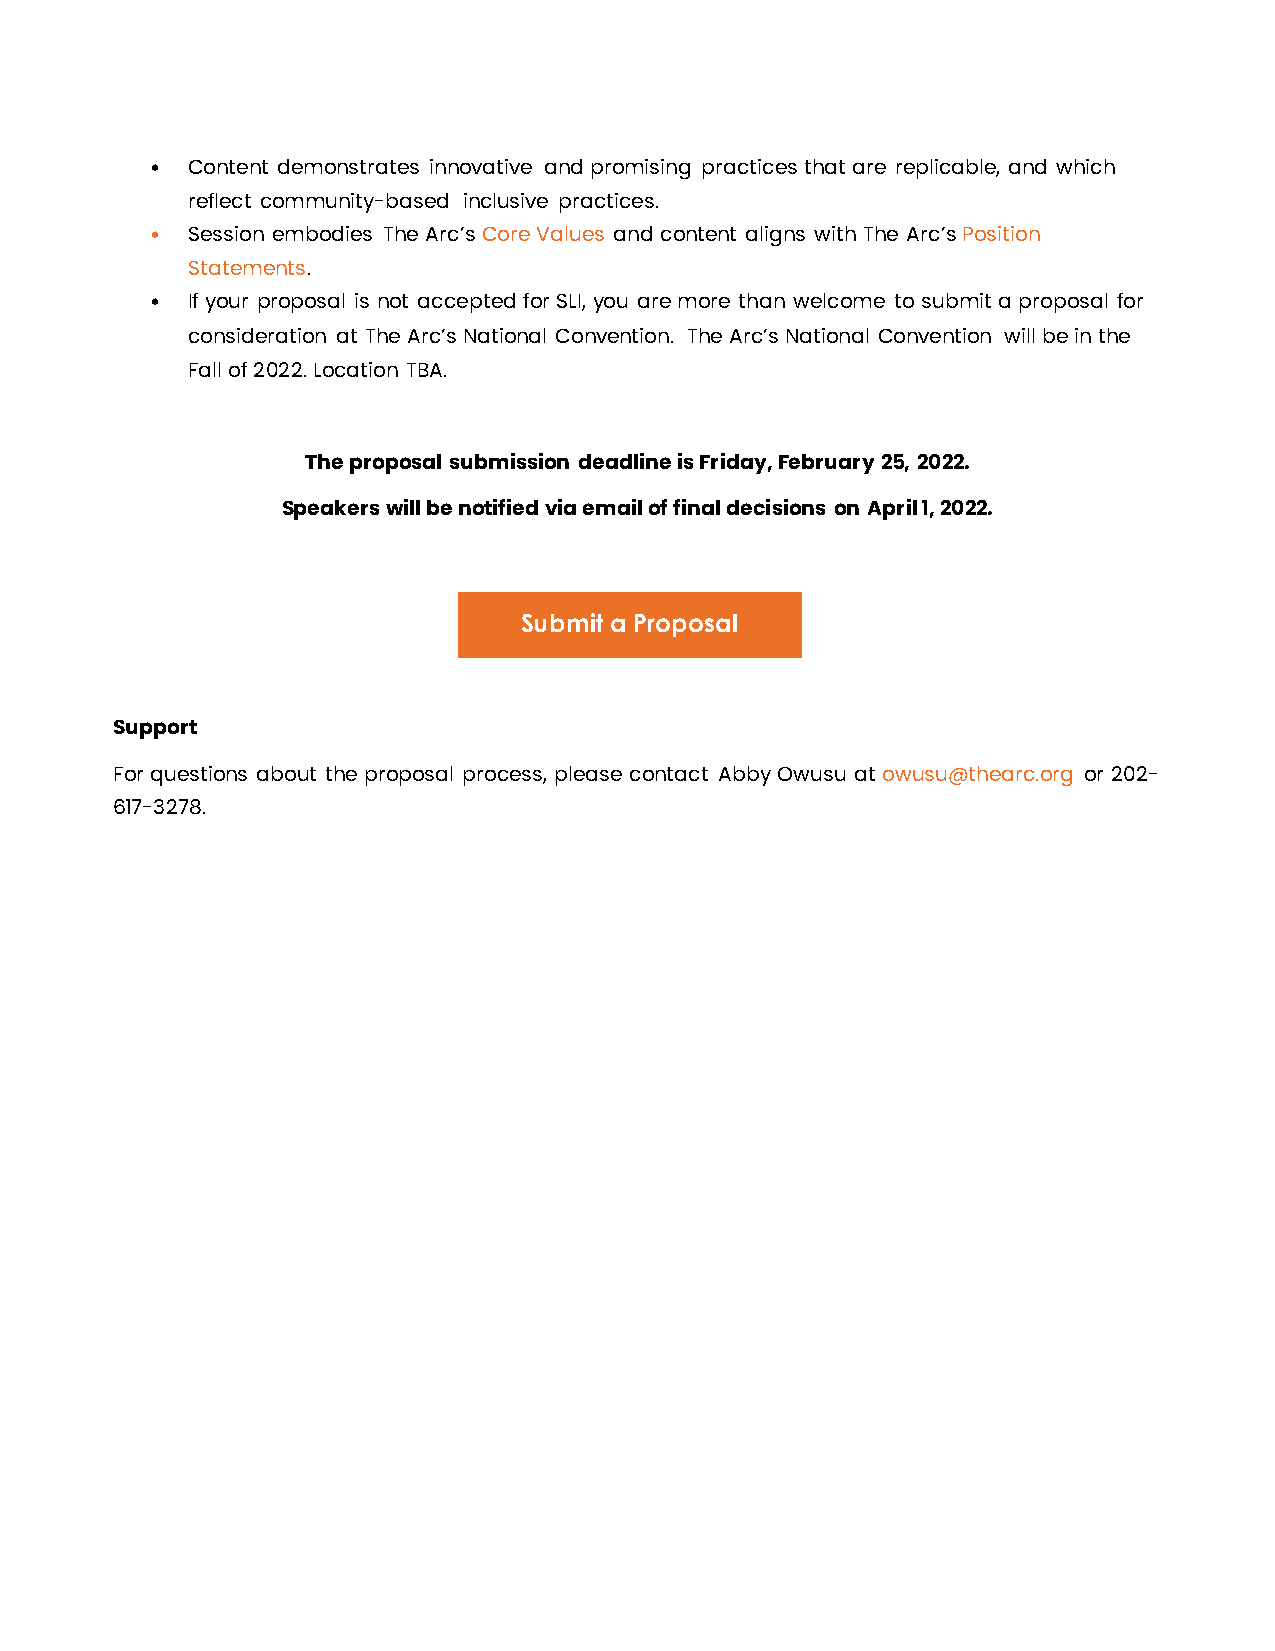
• Content demonstrates innovative and promising practices that are replicable, and which
 reflect community-based inclusive practices.
 • Session embodies The Arc’s Core Values and content aligns with The Arc’s Position
 Statements.
 • If your proposal is not accepted for SLI, you are more than welcome to submit a proposal for
 consideration at The Arc’s National Convention. The Arc’s National Convention will be in the
 Fall of 2022. Location TBA.
 The proposal submission deadline is Friday, February 25, 2022.
 Speakers will be notified via email of final decisions on April 1, 2022.
 Submit a Proposal
 Support
 For questions about the proposal process, please contact Abby Owusu at owusu@thearc.org or 202-
 617-3278.